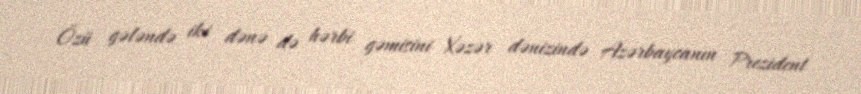
Özü gələndə iki dənə də hərbi gəmisini Xəzər dənizində Azərbaycanın Prezident